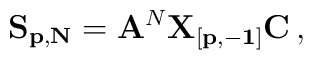
{\bf S_{p,N}} = {\bf A}^N{\bf X_{[p,-1]} C}\,,